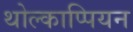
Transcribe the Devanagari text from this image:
थोल्काप्पियन